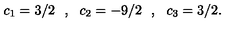
c _ { 1 } = 3 / 2 \: \: \: , \: \: \: c _ { 2 } = - 9 / 2 \: \: \: , \: \: \: c _ { 3 } = 3 / 2 .